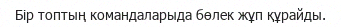
Бір топтың командаларыда бөлек жұп құрайды.